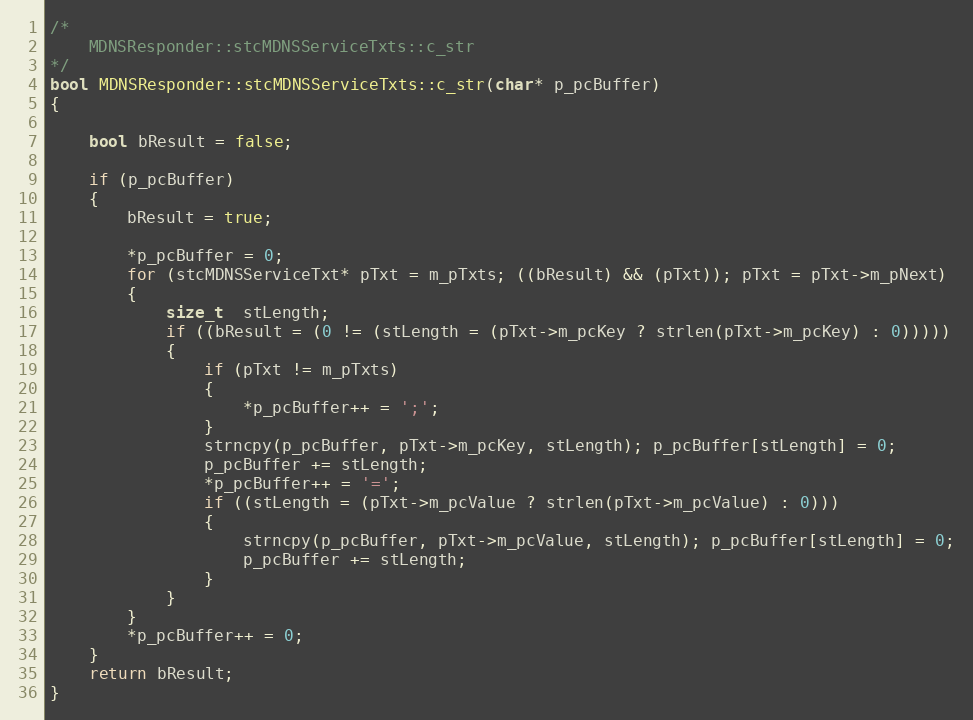
Language: C++
/*
    MDNSResponder::stcMDNSServiceTxts::c_str
*/
bool MDNSResponder::stcMDNSServiceTxts::c_str(char* p_pcBuffer)
{

    bool bResult = false;

    if (p_pcBuffer)
    {
        bResult = true;

        *p_pcBuffer = 0;
        for (stcMDNSServiceTxt* pTxt = m_pTxts; ((bResult) && (pTxt)); pTxt = pTxt->m_pNext)
        {
            size_t  stLength;
            if ((bResult = (0 != (stLength = (pTxt->m_pcKey ? strlen(pTxt->m_pcKey) : 0)))))
            {
                if (pTxt != m_pTxts)
                {
                    *p_pcBuffer++ = ';';
                }
                strncpy(p_pcBuffer, pTxt->m_pcKey, stLength); p_pcBuffer[stLength] = 0;
                p_pcBuffer += stLength;
                *p_pcBuffer++ = '=';
                if ((stLength = (pTxt->m_pcValue ? strlen(pTxt->m_pcValue) : 0)))
                {
                    strncpy(p_pcBuffer, pTxt->m_pcValue, stLength); p_pcBuffer[stLength] = 0;
                    p_pcBuffer += stLength;
                }
            }
        }
        *p_pcBuffer++ = 0;
    }
    return bResult;
}